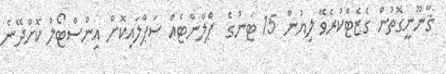
ޤާނޫނީގޮތުން ގެޒެޓްކުރެވޭ ލިޔުން 15 ޓަނުގެ  ޕްލާންޓެއް ސަޕްލައިކޮށް އިންސްޓޯލް ކޮށްދޭނެ